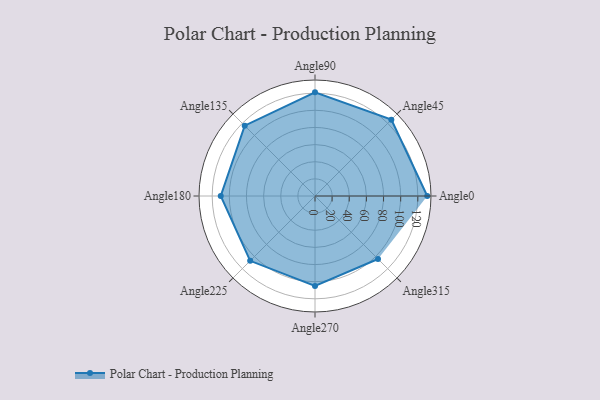
{"axis": {"x": "Angle", "y": "Radius"}, "legend": [""], "data": [{"x": "Angle0", "y": 131.0, "type": ""}, {"x": "Angle45", "y": 126.0, "type": ""}, {"x": "Angle90", "y": 121.0, "type": ""}, {"x": "Angle135", "y": 116.0, "type": ""}, {"x": "Angle180", "y": 110.0, "type": ""}, {"x": "Angle225", "y": 107.0, "type": ""}, {"x": "Angle270", "y": 105.0, "type": ""}, {"x": "Angle315", "y": 104.0, "type": ""}]}